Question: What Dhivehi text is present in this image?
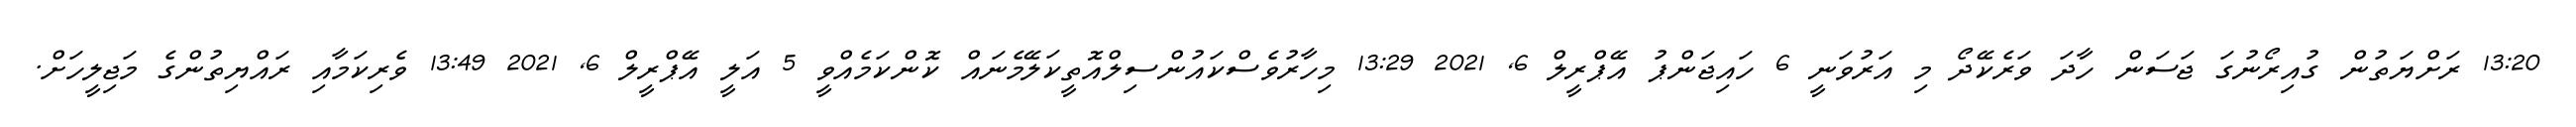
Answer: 13:20 ރަށްޔަތުން ގުއިރޯނުގަ ޖަސަން ހާދަ ވަރެކޭދޯ މި އަރުވަނީ 6 ހައިޖަންޕު އޭޕްރީލް 6, 2021 13:29 މިހާރުވެސްކައުންސިލްއޮތީކަލޭމެނައް ކޮންކަމެއްވީ 5 އަލީ އޭޕްރީލް 6, 2021 13:49 ވެރިކަމާއި ރައްޔިތުންގެ މަޖިލީހަށް.